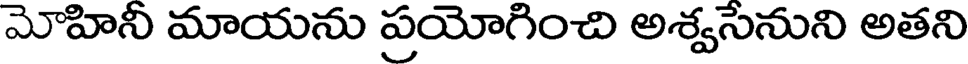
మోహినీ మాయను ప్రయోగించి అశ్వసెనుని అతని